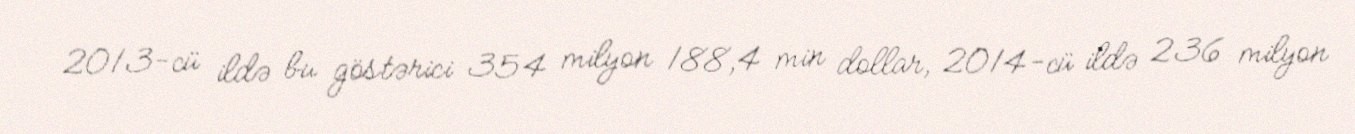
2013-cü ildə bu göstərici 354 milyon 188,4 min dollar, 2014-cü ildə 236 milyon